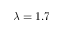
\lambda = 1 . 7